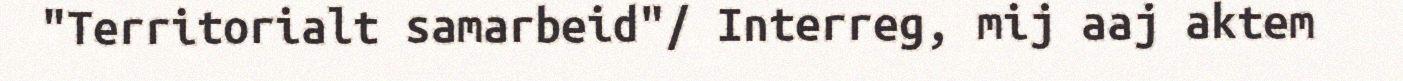
"Territorialt samarbeid"/ Interreg, mij aaj aktem